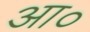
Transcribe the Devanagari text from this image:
आ०